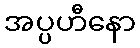
အပ္ပဟီနော